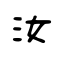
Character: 汝